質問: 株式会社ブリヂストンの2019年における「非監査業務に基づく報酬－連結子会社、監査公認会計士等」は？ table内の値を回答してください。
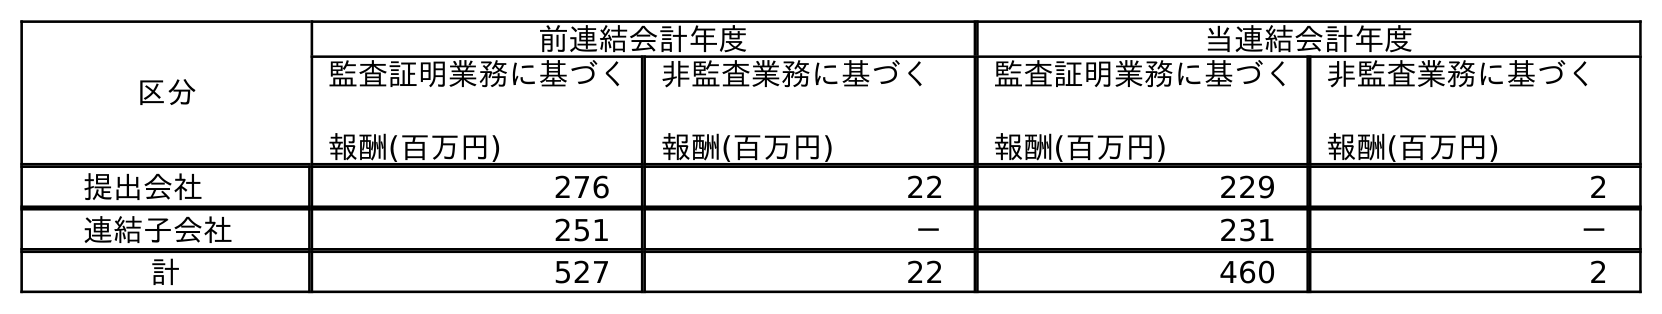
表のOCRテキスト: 区分 前連結会計年度 当連結会計年度 監査証明業務に基づく 報酬(百万円) 非監査業務に基づく 報酬(百万円) 監査証明業務に基づく 報酬(百万円) 非監査業務に基づく 報酬(百万円) 提出会社 276 22 229 2 連結子会社 251 － 231 － 計 527 22 460 2
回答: －